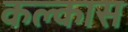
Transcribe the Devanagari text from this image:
कल्कास